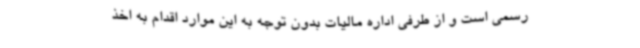
رسمی است و از طرفی اداره مالیات بدون توجه به این موارد اقدام به اخذ